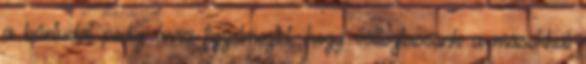
a bűntudat pedig arra figyelmeztet, hogy változtassunk a másokkal